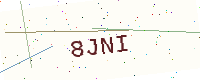
Text: 8JNI